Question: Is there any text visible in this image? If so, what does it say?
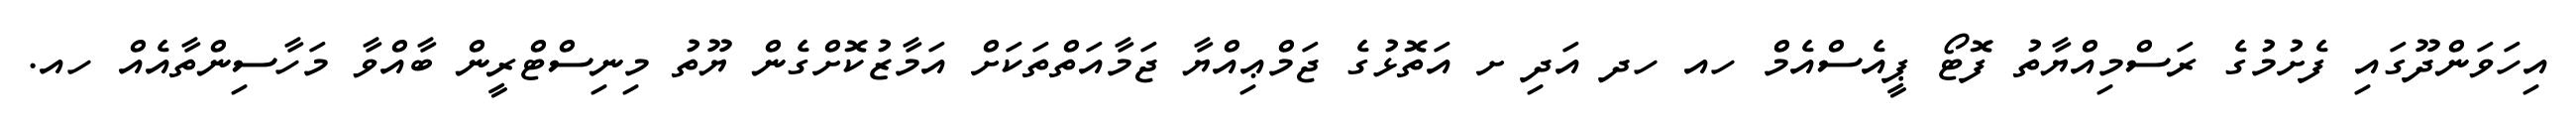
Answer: އިހަވަންދޫގައި ފެށުމުގެ ރަސްމިއްޔާތު ފޮޓޯ ޕީއެސްއެމް ހއ ހދ އަދި ށ އަތޮޅުގެ ޖަމްޢިއްޔާ ޖަމާއަތްތަކަށް އަމާޒުކޮށްގެން ޔޫތު މިނިސްޓްރީން ބާއްވާ މަހާސިންތާއެއް ހއ.